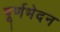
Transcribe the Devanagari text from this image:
पूर्णभेदन